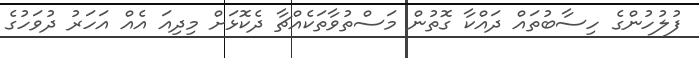
ފުލުހުންގެ ހިސާބުތައް ދައްކާ ގޮތުން މަސްތުވާތަކެއްޗާ ދެކޮޅަށް މިދިއަ އެއް އަހަރު ދުވަހުގެ